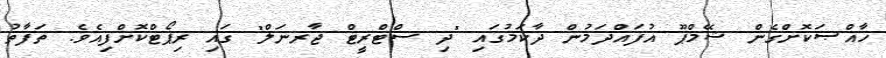
ޚާއްޞަކޮށްގެން ޝޭމްޕޫ އުފައްދަމުން ދާކަމުގައި "ދި ސްޓްރީޓް ޖާރނަލް" ގައި ރިޕޯޓްކޮށްފިއެވެ. ތަފާތު